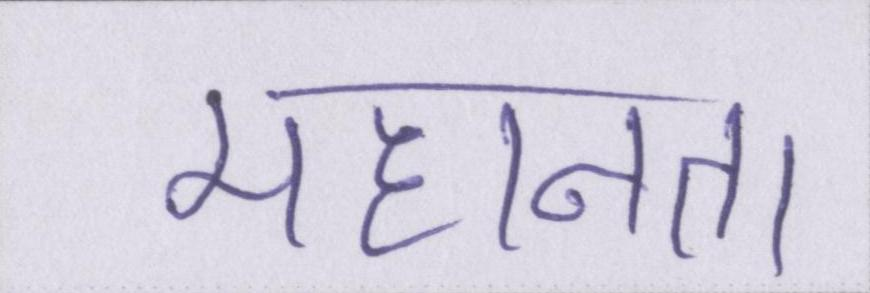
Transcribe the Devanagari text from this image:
महानता